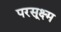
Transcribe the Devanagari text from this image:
परसूक्ष्म